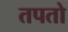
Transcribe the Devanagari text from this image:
तपतो